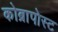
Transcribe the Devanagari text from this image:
कोब्रापोस्ट